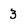
Character: 3